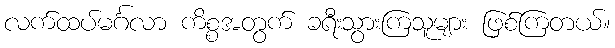
လက်ထပ်မင်္ဂလာ ကိစ္စအတွက် ခရီးသွားကြသူများ ဖြစ်ကြတယ်။